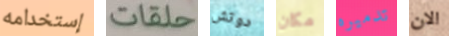
إستخدامه حلقات دوتش مكان تدميره الان